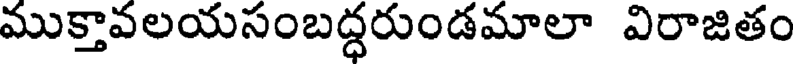
ముక్తావలయసంబద్ధరుండమాలా విరాజితం